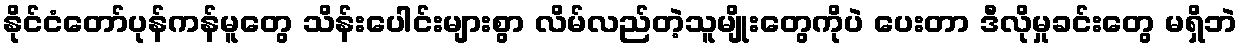
နိုင်ငံတော်ပုန်ကန်မူတွေ သိန်းပေါင်းများစွာ လိမ်လည်တဲ့သူမျိုးတွေကိုပဲ ပေးတာ ဒီလိုမှုခင်းတွေ မရှိဘဲ